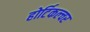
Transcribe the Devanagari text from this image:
होर्टिकल्चर